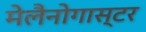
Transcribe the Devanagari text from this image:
मेलैनोगास्टर